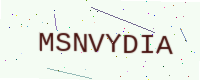
Text: MSNVYDIA